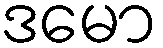
ဒမော